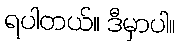
ရပါတယ်။ ဒီမှာပါ။